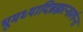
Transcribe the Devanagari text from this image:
भूमध्यादिब्रह्मरन्ध्रपर्यन्त